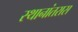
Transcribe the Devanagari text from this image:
स्थानांतरास